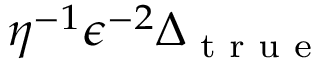
\eta ^ { - 1 } \epsilon ^ { - 2 } \Delta _ { \textup { t r u e } }